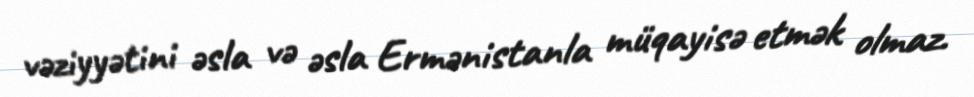
vəziyyətini əsla və əsla Ermənistanla müqayisə etmək olmaz.